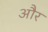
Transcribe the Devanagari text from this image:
और